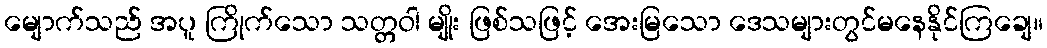
မျောက်သည် အပူ ကြိုက်သော သတ္တဝါ မျိုး ဖြစ်သဖြင့် အေးမြသော ဒေသများတွင်မနေနိုင်ကြချေ။